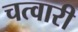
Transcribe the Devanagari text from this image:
चत्वारी